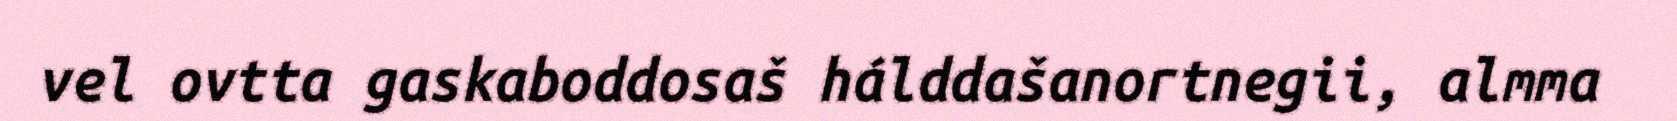
vel ovtta gaskaboddosaš hálddašanortnegii, almma